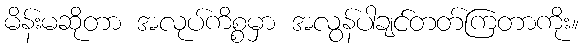
မိန်းမဆိုတာ အလုပ်ကိစ္စမှာ အလွန်ပါချင်တတ်ကြတာကိုး။